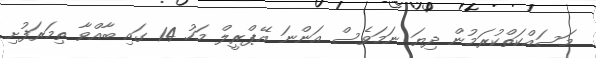
މަސައްކަތްކުރަމުން ދިޔަ ނަމަވެސް އަންނަ އޭޕްރީލް މަހު 14 ގައި ބާއްވާ ތިމަރަފުށި